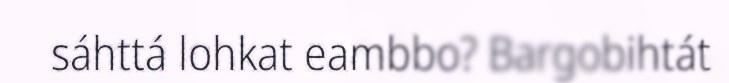
sáhttá lohkat eambbo? Bargobihtát